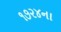
૧૭૨૪ના